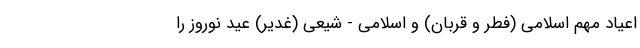
اعیاد مهم اسلامی (فطر و قربان) و اسلامی - شیعی (غدیر) عید نوروز را